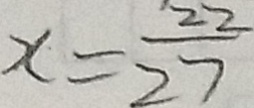
x = \frac { 2 2 } { 2 7 }